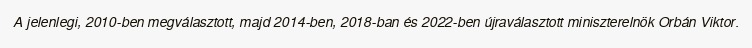
A jelenlegi, 2010-ben megválasztott, majd 2014-ben, 2018-ban és 2022-ben újraválasztott miniszterelnök Orbán Viktor.